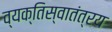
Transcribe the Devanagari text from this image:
व्यक्तिस्वातंत्रय